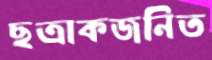
ছত্রাকজনিত